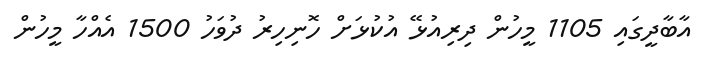
އާބާދީގައި 1105 މީހުން ދިރިއުޅޭ އުކުޅަށް ހޮނިހިރު ދުވަހު 1500 އެއްހާ މީހުން